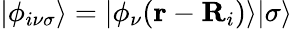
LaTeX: |\phi_{i\nu\sigma}\rangle=|\phi_{\nu}({\mathbf r}-{\mathbf R}_{i})\rangle|\sigma\rangle